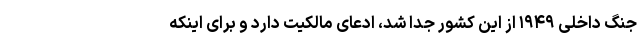
جنگ داخلی ۱۹۴۹ از این کشور جدا شد، ادعای مالکیت دارد و برای اینکه